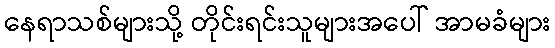
နေရာသစ်များသို့ တိုင်းရင်းသူများအပေါ် အာမခံများ